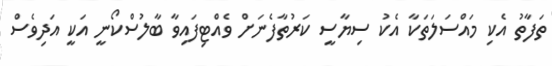
ތަފާތު އެކި މައްސަލަތަކާ އެކު ސިޔާސީ ކަރުތާފެނަށް ވެއްޓިފައިވާ ބާލުސްކޯނީ އަކީ އަދިވެސް